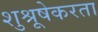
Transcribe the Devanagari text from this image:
शुश्रूषेकरता